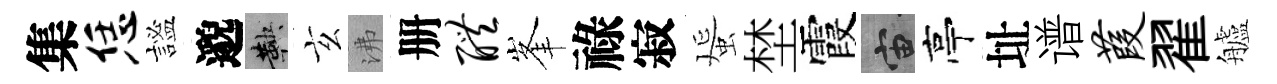
集恁謐邈鞅玄沸册醴峯祿寂蜑埜霞宙亭址谱葭翟艫